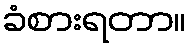
ခံစားရတာ။